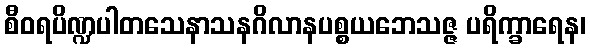
စီဝရပိဏ္ဍပါတသေနာသနဂိလာနပစ္စယဘေသဇ္ဇ ပရိက္ခာရေန၊